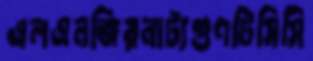
এলএনজিরনাট্যগুণটিসিসি